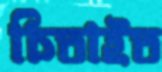
চিতাইত